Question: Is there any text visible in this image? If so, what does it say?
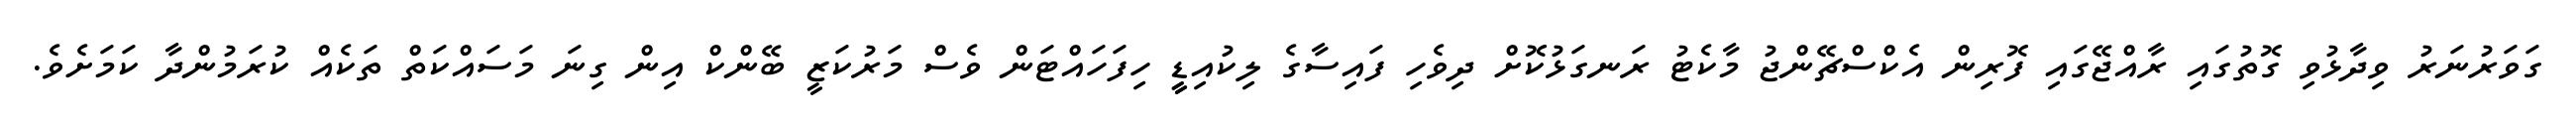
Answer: ގަވަރުނަރު ވިދާޅުވި ގޮތުގައި ރާއްޖޭގައި ފޮރިން އެކްސްޗޭންޖު މާކެޓު ރަނގަޅުކޮށް ދިވެހި ފައިސާގެ ލިކުއިޑީީ ހިފަހައްޓަން ވެސް މަރުކަޒީ ބޭންކް އިން ގިނަ މަސައްކަތް ތަކެއް ކުރަމުންދާ ކަމަށެވެ.